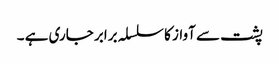
پشت سے آواز کا سلسلہ برابر جاری ہے ۔